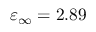
\varepsilon _ { \infty } = 2 . 8 9